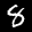
Label: 8